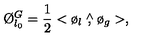
\O _ { l _ { 0 } } ^ { G } = \frac { 1 } { 2 } < \o _ { l } \stackrel { \wedge } { , } \o _ { g } > ,